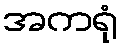
အကရုံ